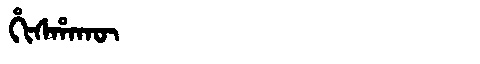
Manchu: ᡥᡳᠰᡥᠠᡴᡡ
Romanization: HISHAKŪ